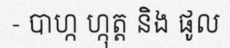
- បាហ្ក ហ្កុត្ត និង ផូល